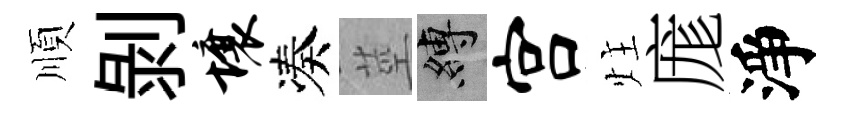
順剝壤凑莖縛宫炷庬淨